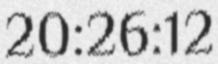
20:26:12